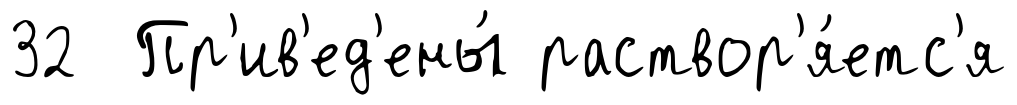
32 Пр'ив'ед'ены́ раствор'я́етс'я